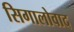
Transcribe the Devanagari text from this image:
सिगालोवाद